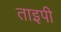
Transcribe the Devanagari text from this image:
ताइपी